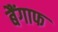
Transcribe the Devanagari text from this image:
बैंगाफ